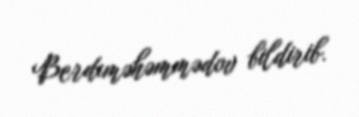
Berdıməhəmmədov bildirib.